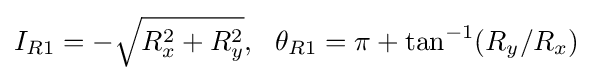
I_{R1}=-{\sqrt {R_{x}^{2}+R_{y}^{2}}},\ \ \theta _{R1}=\pi +\tan ^{-1}(R_{y}/R_{x})